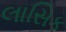
લાસિક